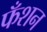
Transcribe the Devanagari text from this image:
फँशन